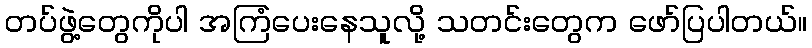
တပ်ဖွဲ့တွေကိုပါ အကြံပေးနေသူလို့ သတင်းတွေက ဖော်ပြပါတယ်။